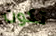
تكون